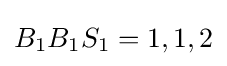
B_{1}B_{1}S_{1}=1,1,2